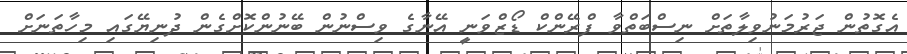
އެގޮތުން ޖަރުމަނުވިލާތަށް ނިސްބަތްވާ ފްރޭންކް ޑޯޒްވަނީ އޭނާގެ ވިސްނުން ބޭނުންކޮށްގެން ދުނިޔޭގައި މިހާތަނަށް